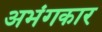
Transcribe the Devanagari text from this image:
अभंगकार